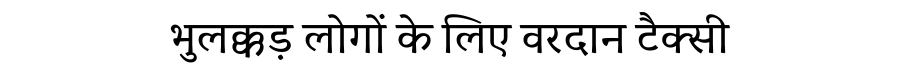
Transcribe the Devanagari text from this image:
भुलक्कड़ लोगों के लिए वरदान टैक्सी